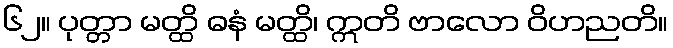
၆၂။ ပုတ္တာ မတ္ထိ ဓနံ မတ္ထိ၊ ဣတိ ဗာလော ဝိဟညတိ။